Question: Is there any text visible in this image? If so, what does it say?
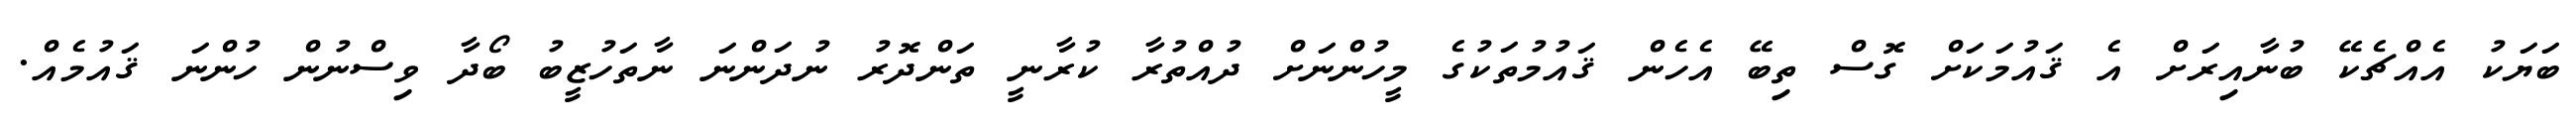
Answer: ބަޔަކު އެއްޗެކޭ ބުނާއިރަށް އެ ޤައުމަކަށް ގޮސް ތިބޭ އެހެން ޤައުމުތަކުގެ މީހުންނަށް ދުއްތުރާ ކުރާނީ ތަންދޮރު ނުދަންނަ ނާތަހުޒީބު ބޯދާ ވިސްނުން ހުންނަ ޤައުމެއް.